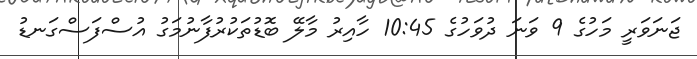
ޖަނަވަރީ މަހުގެ 9 ވަނަ ދުވަހުގެ 10:45 ހާއިރު މާލޭ ބޮޑުތަކުރުފާނުމަގު އުސްފަސްގަނޑު